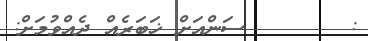
:       ސަންއަށް ޚަބަރެއް ދެއްވުމަށް: